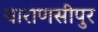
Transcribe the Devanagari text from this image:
वाराणसीपुर